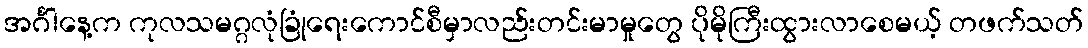
အင်္ဂါနေ့က ကုလသမဂ္ဂလုံခြုံရေးကောင်စီမှာလည်းတင်းမာမှုတွေ ပိုမိုကြီးထွားလာစေမယ့် တဖက်သတ်